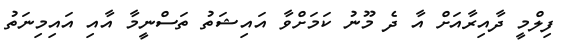
ފިލްމީ ދާއިރާއަށް އާ ދެ މޫނު ކަމަށްވާ އައިޝަތު ތަސްނީމާ އާއި އައިމިނަތު